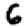
Digit: 6